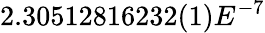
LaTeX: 2.30512816232(1)E^{-7}